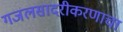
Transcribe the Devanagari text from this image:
गजलसादरीकरणाचा